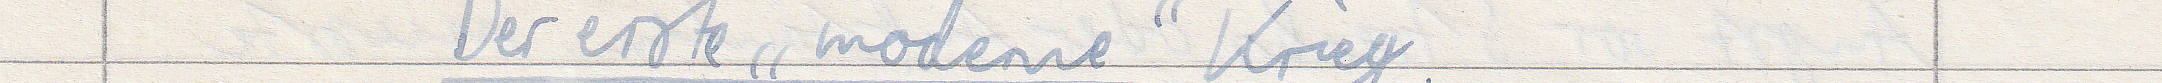
Der erste "moderne" Krieg